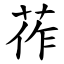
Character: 莋